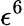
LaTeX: \epsilon^{6}